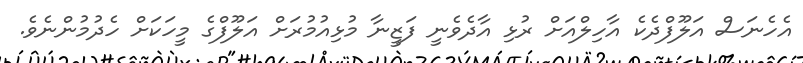
އެހެނަސް އަލޫފްދެކެ އާހިލްއަށް ރުޅި އާދެވެނީ ފަޒީނާ މުޅިއުމުރަށް އަލޫފްގެ މީހަކަށް ހެދުމުންނެވެ.